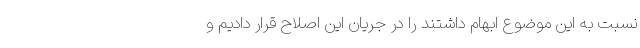
نسبت به این موضوع ابهام داشتند را در جریان این اصلاح قرار دادیم و